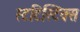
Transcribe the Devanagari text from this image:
स्टटिस्टिक्स